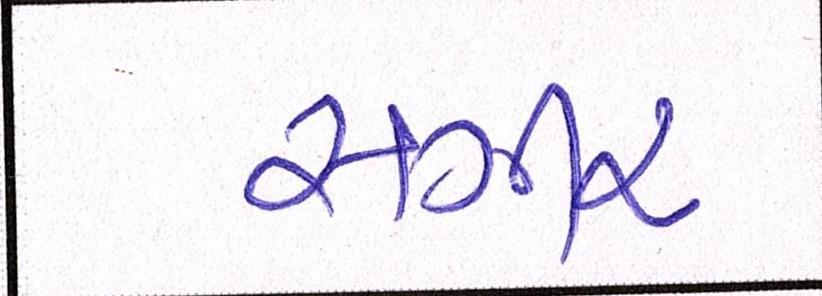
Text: સગીર